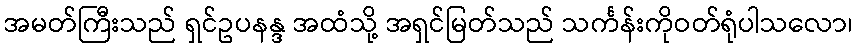
အမတ်ကြီးသည် ရှင်ဥပနန္ဒ အထံသို့ အရှင်မြတ်သည် သင်္ကန်းကိုဝတ်ရုံပါသလော၊